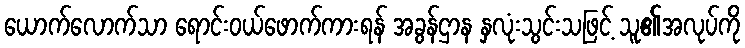
ယောက်လောက်သာ ရောင်းဝယ်ဖောက်ကားရန် အခွန်ဌာန နှလုံးသွင်းသဖြင့် သူ၏အလုပ်ကို